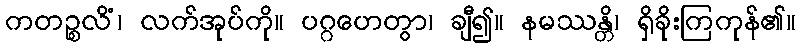
ကတဉ္စလိံ၊ လက်အုပ်ကို။ ပဂ္ဂဟေတွာ၊ ချီ၍။ နမဿန္တိ၊ ရှိခိုးကြကုန်၏။